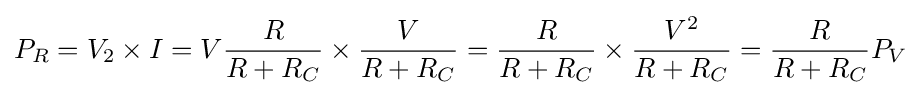
P_{R}=V_{2}\times I=V{\frac {R}{R+R_{C}}}\times {\frac {V}{R+R_{C}}}={\frac {R}{R+R_{C}}}\times {\frac {V^{2}}{R+R_{C}}}={\frac {R}{R+R_{C}}}P_{V}